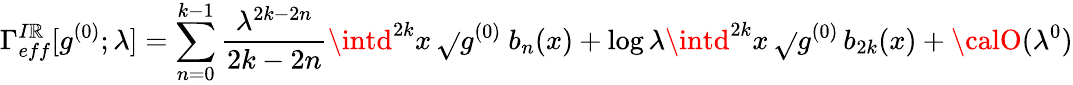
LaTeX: \Gamma_{eff}^{I\mathbb{R}}[g^{(0)};\lambda]=\sum_{n=0}^{k-1}{\frac{{\lambda^{2k-2n}}}{{2k-2n}}}\intd^{2k}x\, \sqrt{}{{g^{(0)}}}\ b_{n}(x)+\log\lambda\intd^{2k}x\, \sqrt{}{{g^{(0)}}}\, b_{2k}(x)+{\calO}(\lambda^{0})